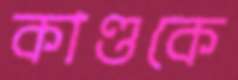
কাণ্ডকে